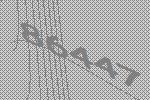
86447